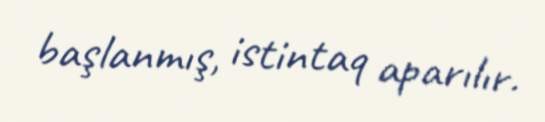
başlanmış, istintaq aparılır.